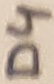
Text: D4